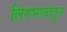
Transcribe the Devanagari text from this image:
लिंगभावातून